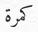
كمرة